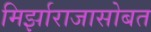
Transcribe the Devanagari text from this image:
मिर्झाराजासोबत